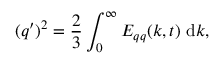
( q ^ { \prime } ) ^ { 2 } = \frac { 2 } { 3 } \int _ { 0 } ^ { \infty } E _ { q q } ( k , t ) \mathrm { ~ d } k ,